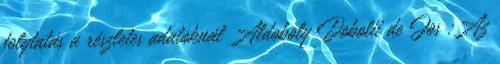
folytatás a részletes adatoknál Aldoboly Dobolii de Jos :Az